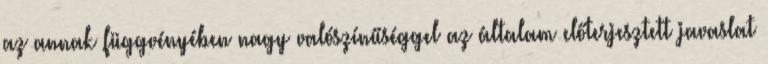
az annak függvényében nagy valószínűséggel az általam előterjesztett javaslat